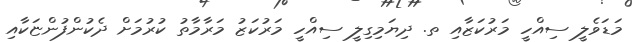
މަޑަވެލީ ސިއްހީ މަރުކަޒާއި ތ. ދިޔަމިގިލީ ސިއްހީ މަރުކަޒު މަރާމާތު ކުރުމަށް ދެކުންފުންޏަކާއި